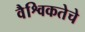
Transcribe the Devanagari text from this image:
वैश्विकतेचे